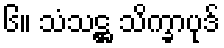
၆။ သံသဋ္ဌ သိက္ခာပုဒ်